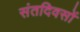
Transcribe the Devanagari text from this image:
संतदिवसों